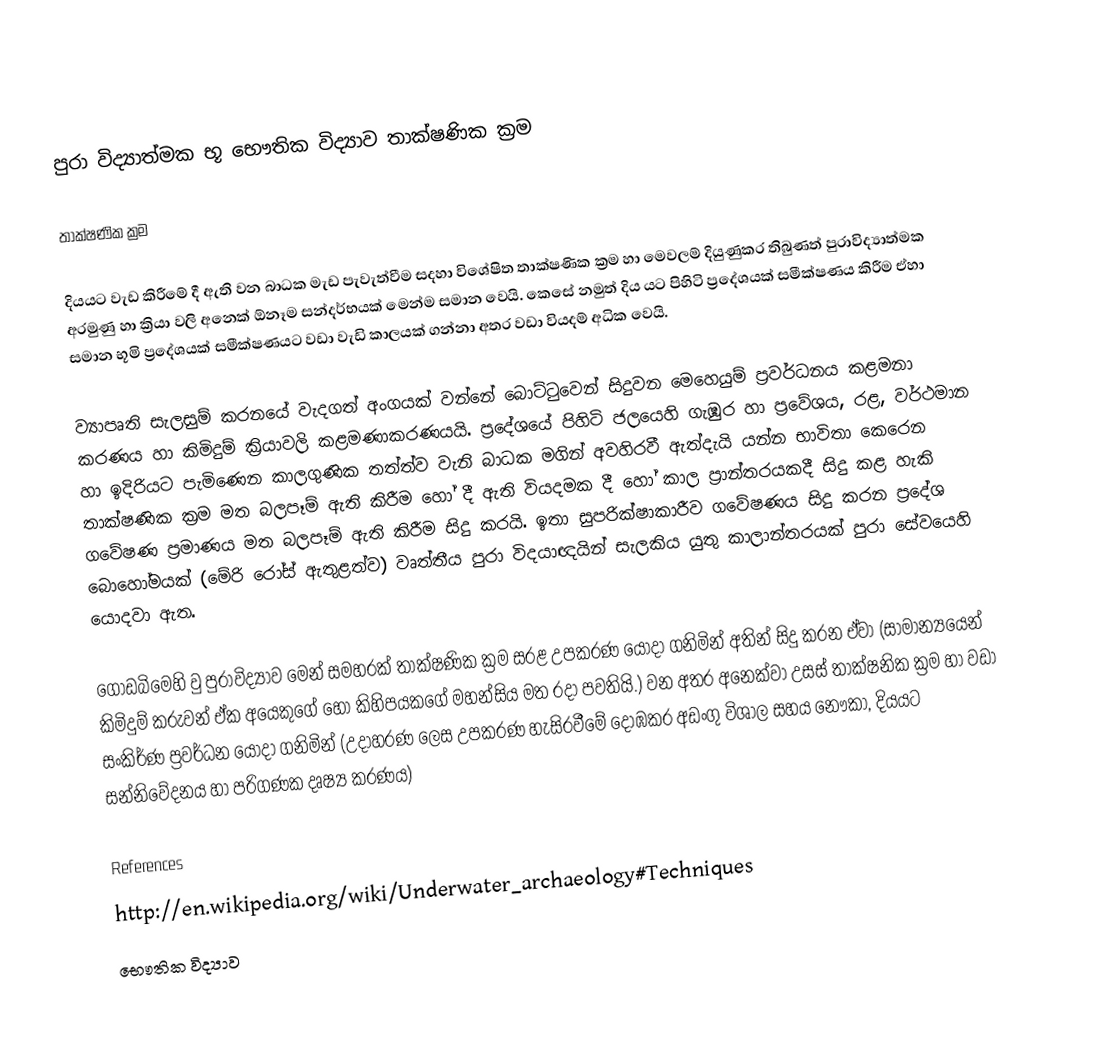
පුරා විද්‍යාත්මක භූ භෞතික විද්‍යාව තාක්ෂණික ක්‍රම

තාක්ෂණික ක්‍රම

දියයට වැඩ කිරීමේ දී ඇති වන බාධක මැඩ පැවැත්වීම සදහා විශේෂිත තාක්ෂණික ක්‍රම හා මෙවලම් දියුණුකර තිබුණත් පුරාවිද්‍යාත්මක අරමුණු හා ක්‍රියා වලි අනෙක් ඕනෑම සන්දර්භයක් මෙන්ම සමාන වෙයි. කෙසේ නමුත් දිය යට පිහිටි ප්‍රදේශයක් සමීක්ෂණය කිරීම ඒහා සමාන භූමි ප්‍රදේශයක් සමීක්ෂණයට වඩා වැඩි කාලයක් ගන්නා අතර වඩා වියදම් අධික වෙයි.

ව්‍යාපෘති සැලසුම් කරනයේ වැදගත් අංගයක් වන්නේ බොට්ටුවෙන් සිදුවන මෙහෙයුම් ප්‍රවර්ධනය කළමනා කරණය හා කිමිදුම් ක්‍රියාවලි කළමණාකරණයයි. ප්‍රදේශයේ පිහිටි ජලයෙහි ගැඹුර හා ප්‍රවේශය, රළ, වර්ථමාන හා ඉදිරියට පැමිණෙන කාලගුණික තත්ත්ව වැනි බාධක මගින් අවහිරවී ඇත්දැයි යන්න භාවිතා කෙරෙන තාක්ෂණික ක්‍රම මත බලපෑම් ඇති කිරීම හෝ දී ඇති වියදමක දී හෝ කාල ප්‍රාන්තරයකදී සිදු කළ හැකි ගවේෂණ ප්‍රම‍ාණය මත බලපෑම් ඇති කිරීම සිදු කරයි. ඉතා සුපරික්ෂාකාරීව ගවේෂණය සිදු කරන ප්‍රදේශ බොහෝමයක් (මේරි රෝස් ඇතුළත්ව) වෘත්තීය පුරා විදයාඥයින් සැලකිය යුතු කාලාන්තරයක් පුරා සේවයෙහි යොදවා ඇත.

ගොඩබිමෙහි වු පුරාවිද්‍යාව මෙන් සමහරක් තාක්ෂණික ක්‍රම සරළ උපකරණ යොදා ගනිමින් අතින් සිදු කරන ඒවා (සාමාන්‍යයෙන් කිමිදුම් කරුවන් ඒක අයෙකුගේ හෝ කිහිපයකගේ මහන්සිය මත රදා පවතියි.) වන අතර අනෙක්වා උසස් තාක්ෂනික ක්‍රම හා වඩා සංකිර්ණ ප්‍රවර්ධන යොදා ගනිමින් (උදාහරණ ලෙස උපකරණ හැසිරවීමේ දොඹකර අඩංගු විශාල සහය නෞකා, දියයට සන්නිවේදනය හා පරිගණක දෘෂ්‍ය කරණය)

References
http://en.wikipedia.org/wiki/Underwater_archaeology#Techniques
භෞතික විද්‍යාව